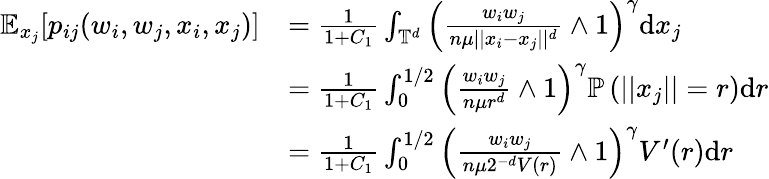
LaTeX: \begin{array}{rl}{\mathbb{E}_{x_{j}}[p_{ij}(w_{i},w_{j},x_{i},x_{j})]}&{=\frac{1}{1+C_{1}}\int_{\mathbb{T}^{d}}\left(\frac{w_{i}w_{j}}{n\mu||x_{i}-x_{j}||^{d}}\wedge 1\right)^{\gamma}\mathrm{d}x_{j}}\\ &{=\frac{1}{1+C_{1}}\int_{0}^{1/2}\left(\frac{w_{i}w_{j}}{n\mu r^{d}}\wedge 1\right)^{\gamma}\mathbb{P}\left(||x_{j}||=r\right)\mathrm{d}r}\\ &{=\frac{1}{1+C_{1}}\int_{0}^{1/2}\left(\frac{w_{i}w_{j}}{n\mu 2^{-d}V(r)}\wedge 1\right)^{\gamma}V^{\prime}(r)\mathrm{d}r}\end{array}